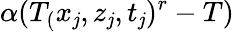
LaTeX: \alpha(T_{(}x_{\mathit{j}},z_{\mathit{j}},t_{\mathit{j}})^{r}-T)